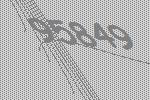
95849